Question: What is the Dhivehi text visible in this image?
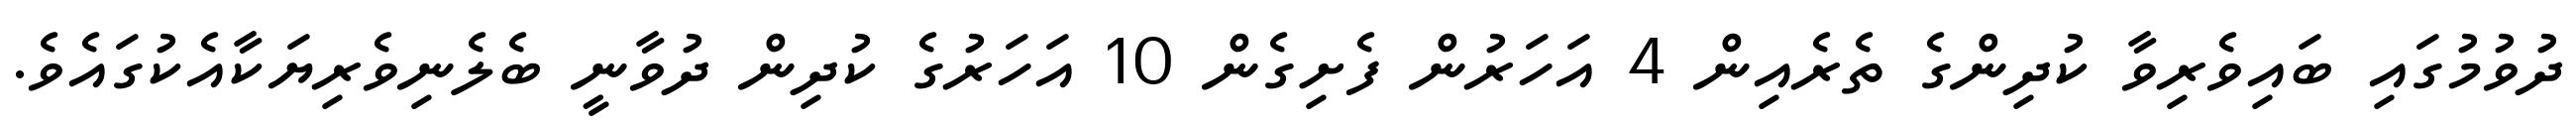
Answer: ދުވުމުގައި ބައިވެރިވާ ކުދިންގެ ތެރެއިން 4 އަހަރުން ފެށިގެން 10 އަހަރުގެ ކުދިން ދުވާނީ ބެލެނިވެރިޔަކާއެކުގައެވެ.